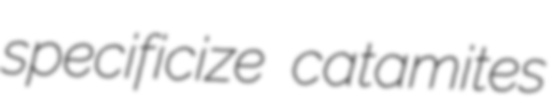
specificize catamites